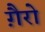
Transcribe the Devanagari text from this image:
गै़रो